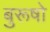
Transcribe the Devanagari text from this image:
बुरूषो